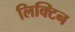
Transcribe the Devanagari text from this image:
लिक्टिन